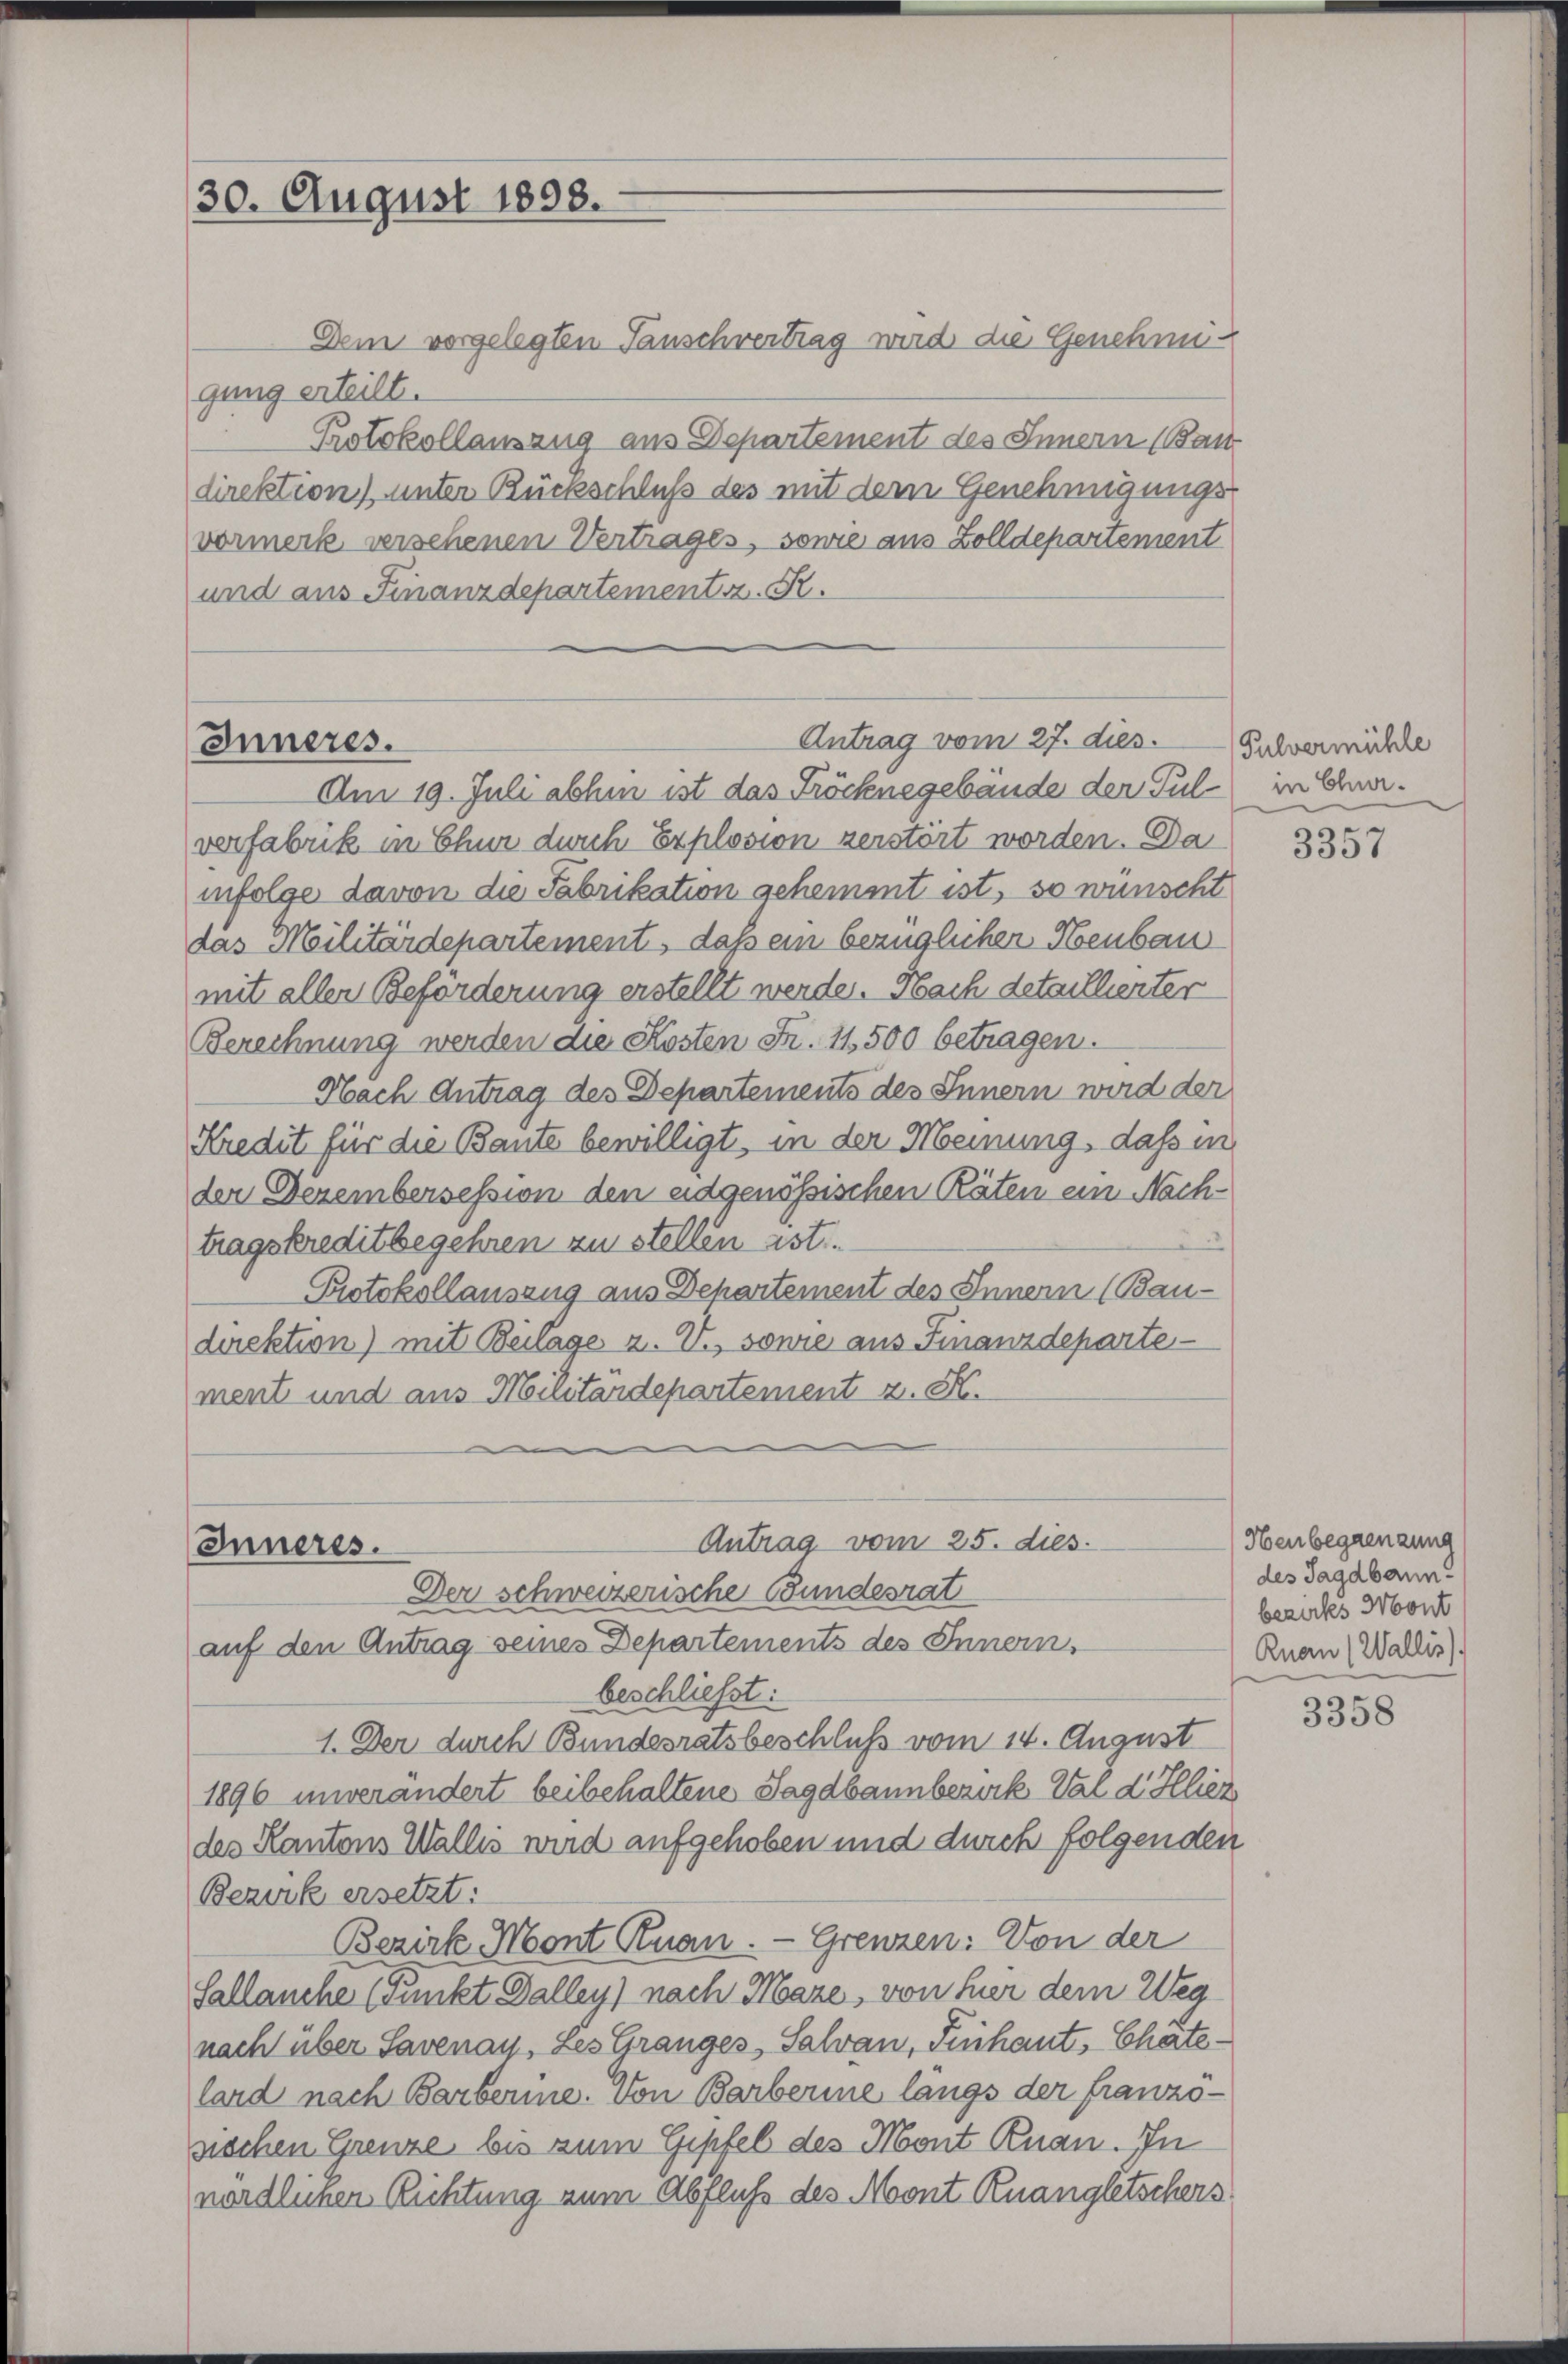
30. August 1808.

Antrag vom 27. dies. Pulvermühle
Inneres.
Am 19. Juli abhin ist das Fröcknegebäude der Pul- in Chur¬

Dem vorgelegten Tauschvertrag wird die Genehmigung erteilt.
Protokollauszug aus Departement des Innern (Bau
direktion) unter Rückschluß des mit dem Genehmigungs-
vormerk versehenen Vertrages, sonne aus Zolldepartement
und aus Finanzdepartement z. R.

Antrag vom 25. dies
Inneres.
Der schweizerische Bundesrat
auf den Antrag seines Departements des Innern.

verfabrik in Chur durch Explosion zerstört worden. Da
infolge davon die Fabrikation gehemmt ist, so wünscht
das Militärdepartement, daß ein bezüglicher Neubau
mit aller Beförderung erstellt werde. Nach detaillierter
Berechnung werden die Kosten Fr. 11500 betragen.
Nach Antrag des Departements des Innern wird der
Kredit für die Baute bewilligt, in der Meinung, dass in
der Dezembersession den eidgenössischen Räten ein Nach-
tragskreditbegehren zu stellen ist.
Protokollauszug aus Departement des Innern (Bau-
direktion) mit Beilage z. V., sowie aus Finanzdeparte
ment und aus Militärdepartement z. K.

beschließt:
1. Der durch Bundesratsbeschluß vom 14. August
1896 unerandert beibehaltene Jagdbannberück Vard Illiez
des Kantons Wallis wird aufgehoben und durch folgenden
Bezirk ersetzt:
Bezirke Mont Knan. — Grenzen: Von der
Sallanche (Punkt Dalley) nach Maze, von hier dem Weg
nach über Savenay, Les Granges Salvan, Fuchaut, Chatelard nach Barberine. Von Barberine langs der französiechen Grenze, bis zum Gipfel des Mont Knan. In
nordleiner Richtung zum Abfluß des Mont Kuangletschers

3357

Heubegrenzung
des Jagdbann!
bezirks Mont
Rnan (Wallis).

3358